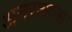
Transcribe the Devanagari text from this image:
अनरशाला